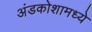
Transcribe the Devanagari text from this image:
अंडकोशामध्ये